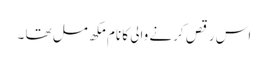
اس رقص کرنے والی کا نام مکھ مل تھا ۔